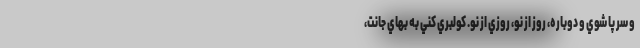
و سر پا شوي و دوباره، روز از نو، روزي از نو. كولبري كني به بهاي جانت،